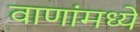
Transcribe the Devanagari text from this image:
वाणांमध्ये